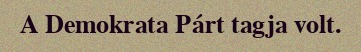
A Demokrata Párt tagja volt.